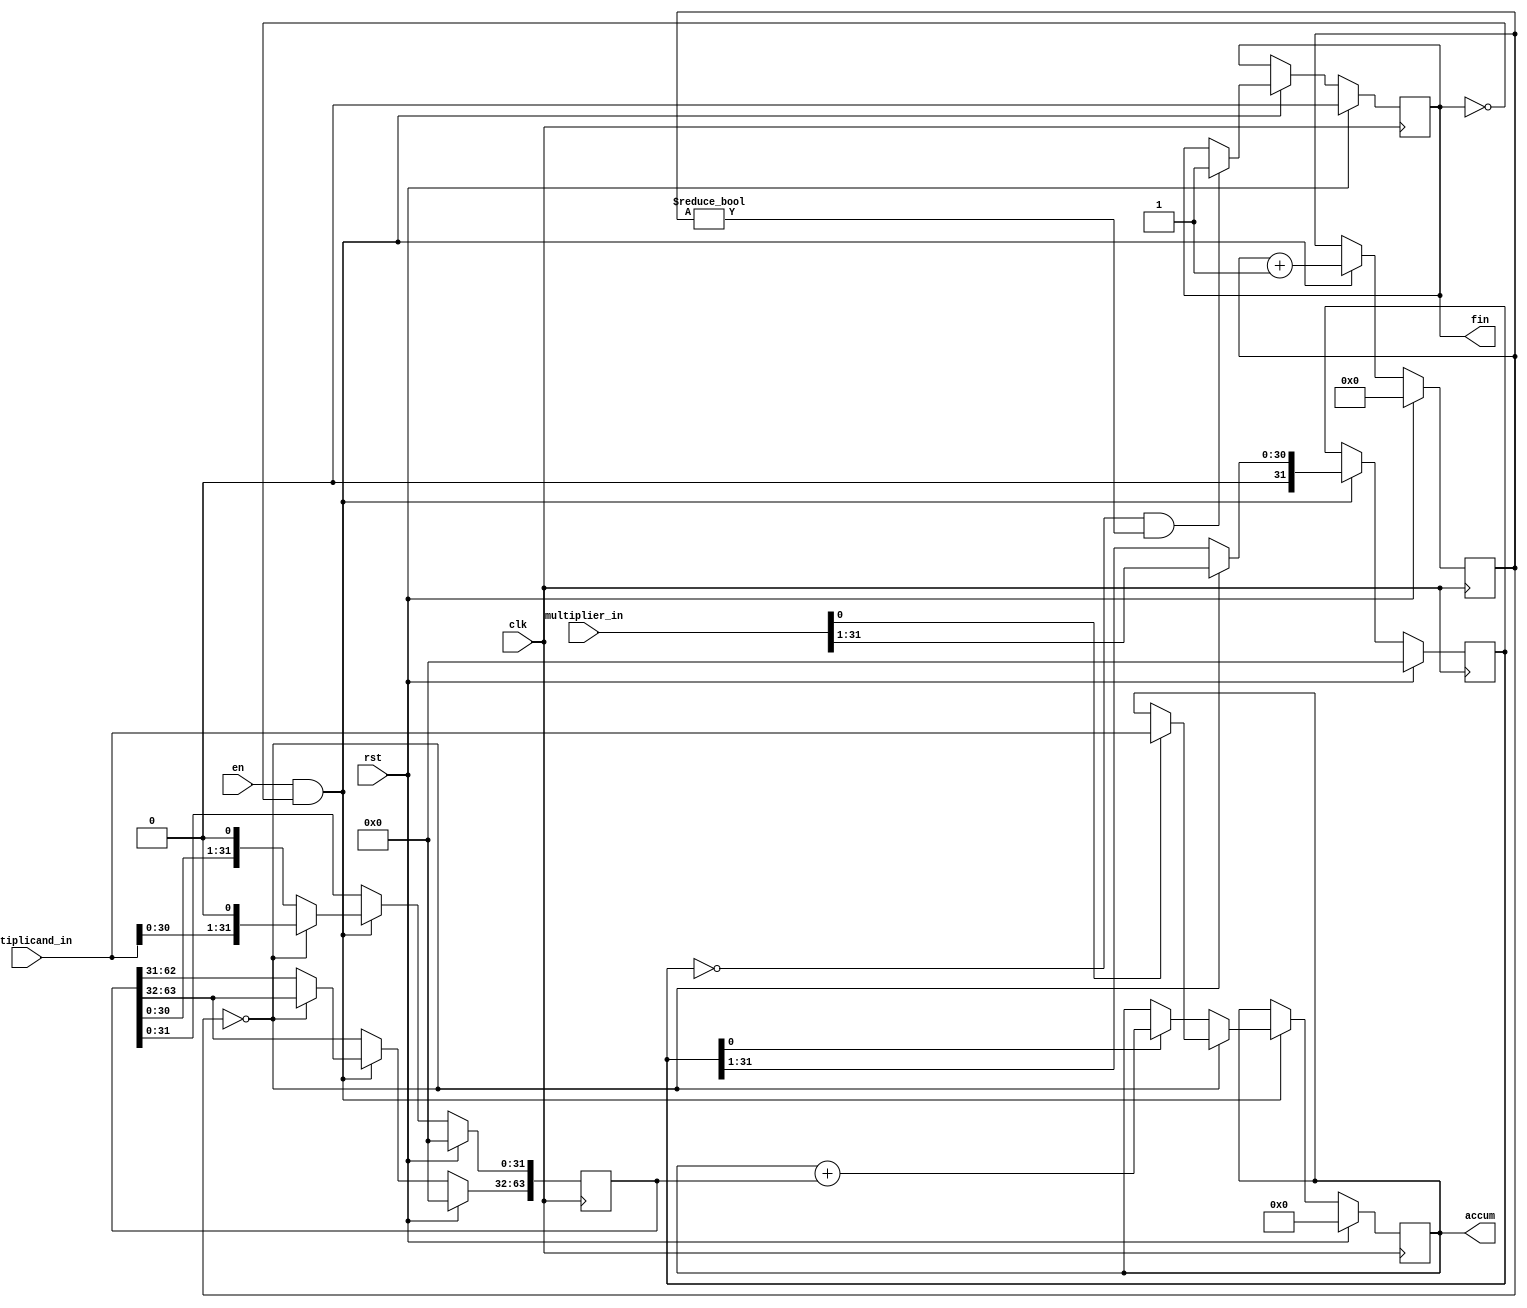
module multiplier(

           input 					 clk,

           input 					 rst,

           input 					 en,

           input 	  [ 63 : 0 ] multiplicand_in,

           input 	  [ 31 : 0 ] multiplier_in,

           output reg [ 63 : 0 ] accum,

           output reg 				 fin

       );

/* Iterator 0 - 31 for shift-add multiplier */
reg [ 7 : 0 ] cycle = 0;

reg [ 63 : 0 ] multiplicand;
reg [ 31 : 0 ] multiplier;

always@( posedge clk )begin

    if( rst )begin

        cycle 		 <= 0;
        accum 		 <= 0;
        multiplicand <= 64'd0;
        multiplier 	 <= 32'd0;
        accum 		 <= 64'd0;
        fin 			 <= 0;

    end else
        if( en && !fin )begin

            /* End of multiplication */
            if( multiplier == 32'd0 && cycle != 8'd0 ) begin

                fin <= 1;

            end

            /* First cycle */
            if( cycle == 8'd0 )begin

                multiplicand[ 31 : 0 ] <= ( multiplicand_in << 1 );
                multiplier 				 <= ( multiplier_in >> 1 );

                if(multiplier_in[ 0 ] == 1'b1)
                    accum <= multiplicand_in;

            end
            else begin

                multiplicand <= ( multiplicand << 1 );
                multiplier   <= ( multiplier >> 1 );

                if( multiplier[ 0 ] == 1'b1 )
                    accum <= accum + multiplicand;

            end

            cycle <= cycle + 1;

        end

end
endmodule